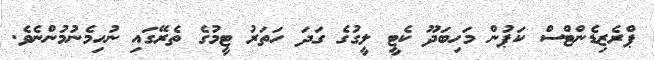
ޕްރެޒިޑެންޓްސް ކަޕުން މަހިބަދޫ ކެޓީ ލީގުގެ ގަދަ ހަތަރު ޓީމުގެ ތެރޭގައި ނުހިމެނުމުންނެވެ.